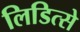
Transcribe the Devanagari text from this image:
लिडित्से